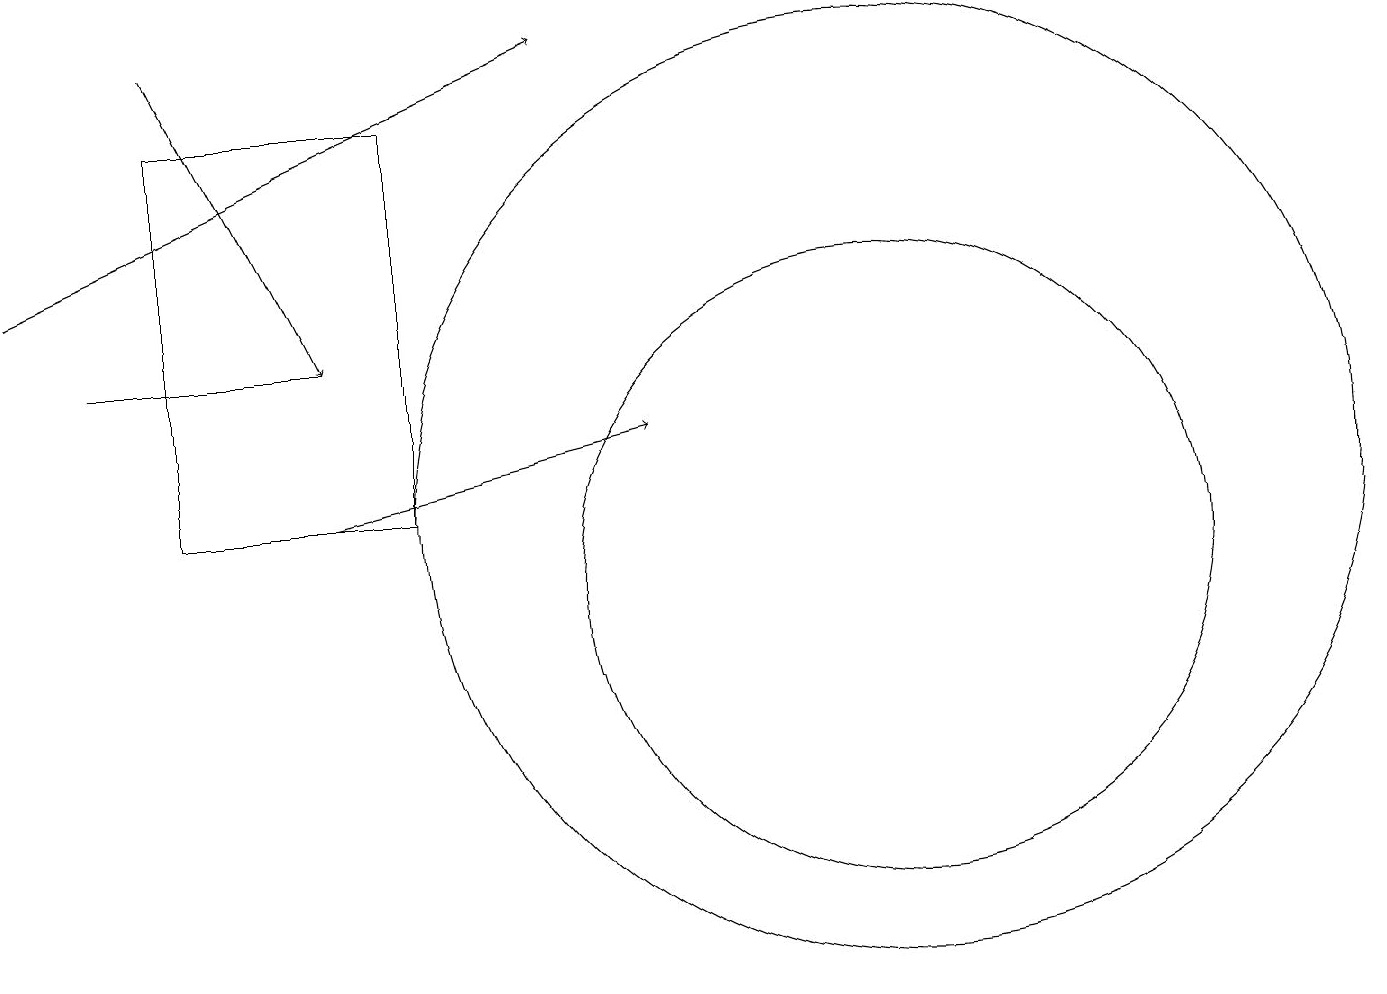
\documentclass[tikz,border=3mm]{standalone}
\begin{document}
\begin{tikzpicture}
\draw[->] (4,11) -- (8,12);
\draw (11,11) circle (6);
\draw[->] (0,14) -- (7,17);
\draw (2,16) rectangle (5,11);
\draw (1,13) rectangle (4,13);
\draw (11,10) circle (4);
\draw[->] (2,17) -- (4,13);
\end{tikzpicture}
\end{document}